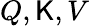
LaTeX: Q,\mathsf{K},V